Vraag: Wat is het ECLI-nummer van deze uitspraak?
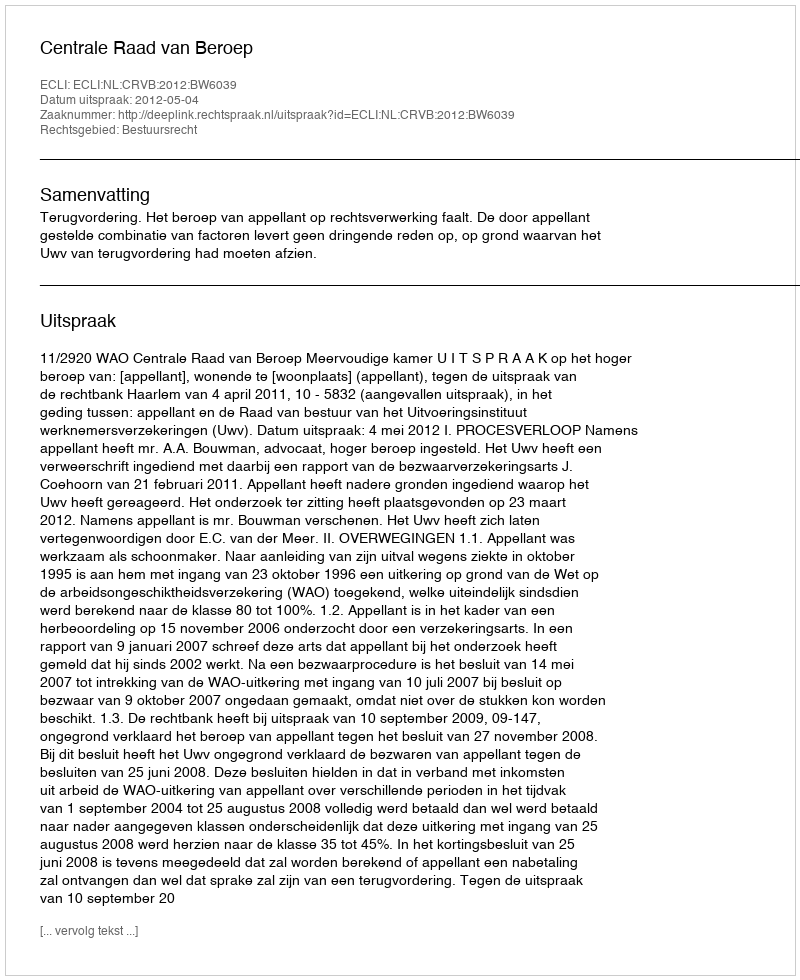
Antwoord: ECLI:NL:CRVB:2012:BW6039